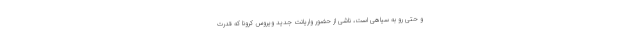
و حتی رو به سیاهی است، ناشی از حضور واریانت جدید ویروس کرونا که قدرت